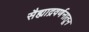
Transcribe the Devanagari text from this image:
सैह्याद्रवर्णनातून